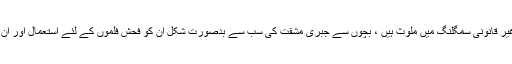
کچھ اسلحہ اور منشیات کی غیر قانونی سمگلنگ میں ملوث ہیں ، بچوں سے جبری مشقت کی سب سے بدصورت شکل ان کو فحش فلموں کے لئے استعمال اور ان سے جنسی زیادتی کرنا ہے۔